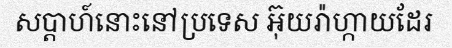
សប្តាហ៍នោះនៅប្រទេស អ៊ុយរ៉ាហ្កាយដែរ